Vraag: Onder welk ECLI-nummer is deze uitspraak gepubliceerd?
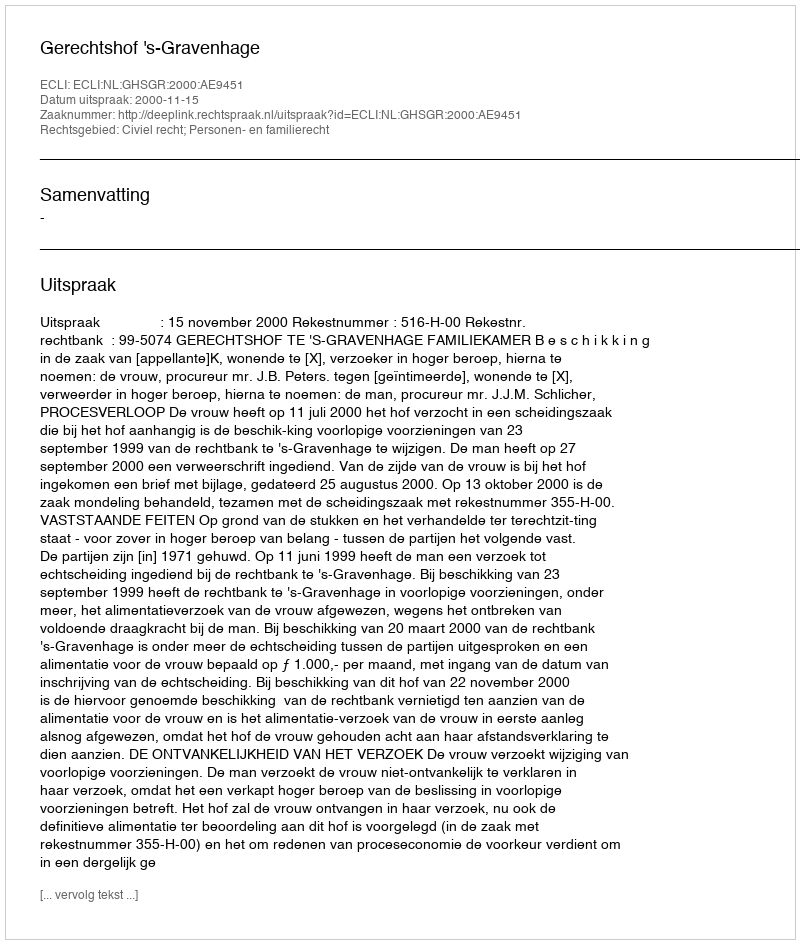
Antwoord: ECLI:NL:GHSGR:2000:AE9451